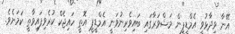
އޭނާ ވިދާޅުވީ އެމްޑީޕީން މަޝްވަރާގައި ބައިވެރިނުވަނީ އެމްޑީޕީ އޮތީ ހައިޖެކް ކުރެވިފައިވާތީ ކަމަށެވެ.